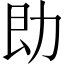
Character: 𪟙